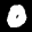
Label: 0